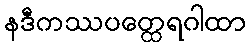
နဒီကဿပတ္ထေရဂါထာ